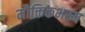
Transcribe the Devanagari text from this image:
मौक्तिकभस्म